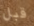
قبل